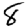
Digit: 8